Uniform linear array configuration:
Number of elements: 48
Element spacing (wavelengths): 0.25
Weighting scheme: hamming
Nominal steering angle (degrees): -15
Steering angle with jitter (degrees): -16.338
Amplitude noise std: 0.05
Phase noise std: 0.05

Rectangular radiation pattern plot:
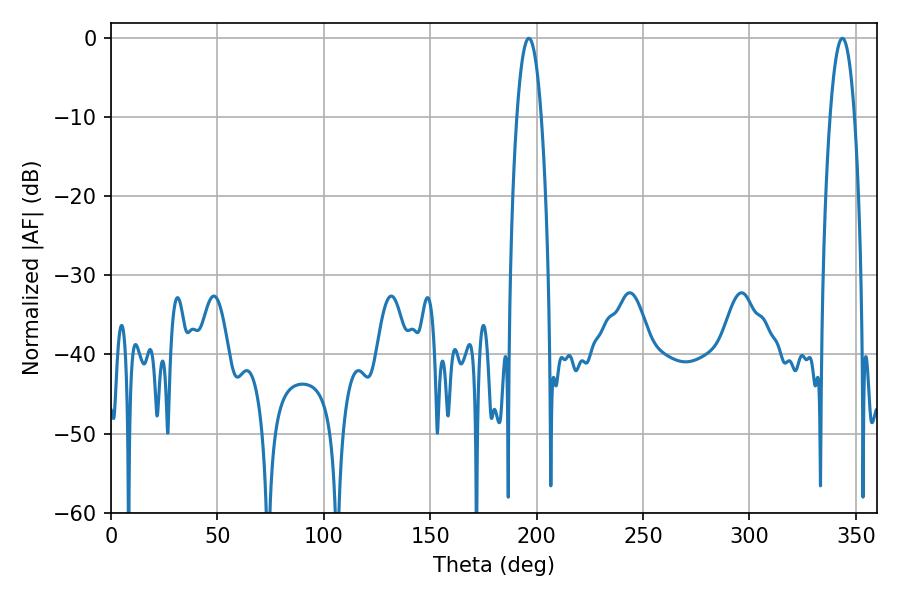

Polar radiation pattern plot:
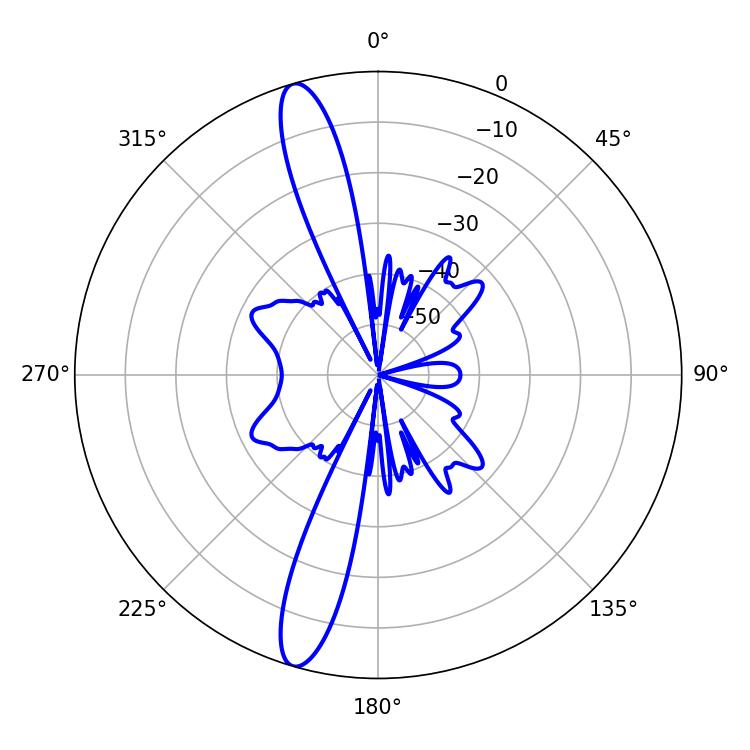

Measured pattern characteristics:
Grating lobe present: FALSE
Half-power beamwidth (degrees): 6.48
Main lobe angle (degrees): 196.38